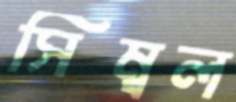
সিম্বল